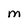
Character: M